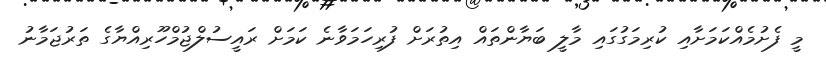
މީ ފެށުމެއްކަމަށާއި ކުރިމަގުގައި މާލީ ބަޔާންތައް އިތުރަށް ފުރިހަމަވާނެ ކަމަށް ރައީސުލްޖުމްހޫރިއްޔާގެ ތަރުޖަމާނު